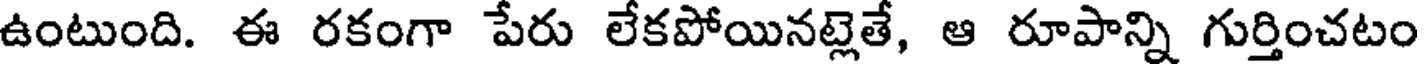
ఉంటుంది. ఈ రకంగా పేరు లేకపోయినట్లెతే, ఆ రూపాన్ని గుర్తించటం